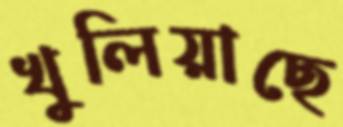
খুলিয়াছে